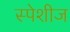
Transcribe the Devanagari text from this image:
स्पेशीज